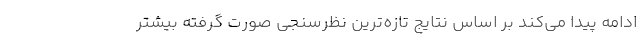
ادامه پیدا می‌کند بر اساس نتایج تازه‌ترین نظرسنجی صورت گرفته بیشتر